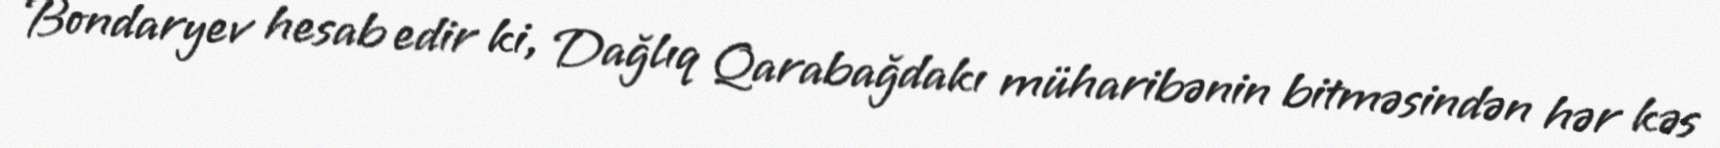
Bondaryev hesab edir ki, Dağlıq Qarabağdakı müharibənin bitməsindən hər kəs